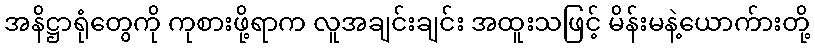
အနိဋ္ဌာရုံတွေကို ကုစားဖို့ရာက လူအချင်းချင်း အထူးသဖြင့် မိန်းမနဲ့ယောက်ားတို့